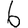
Digit: 6